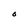
Character: O